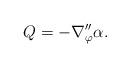
LaTeX: \begin{align*}Q=-\nabla^{\prime\prime}_\varphi\alpha. \end{align*}